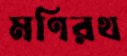
মণিরথ